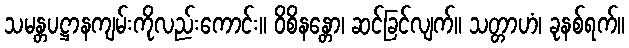
သမန္တပဋ္ဌာနကျမ်းကိုလည်းကောင်း။ ဝိစိနန္တော၊ ဆင်ခြင်လျက်။ သတ္တာဟံ၊ ခုနစ်ရက်။